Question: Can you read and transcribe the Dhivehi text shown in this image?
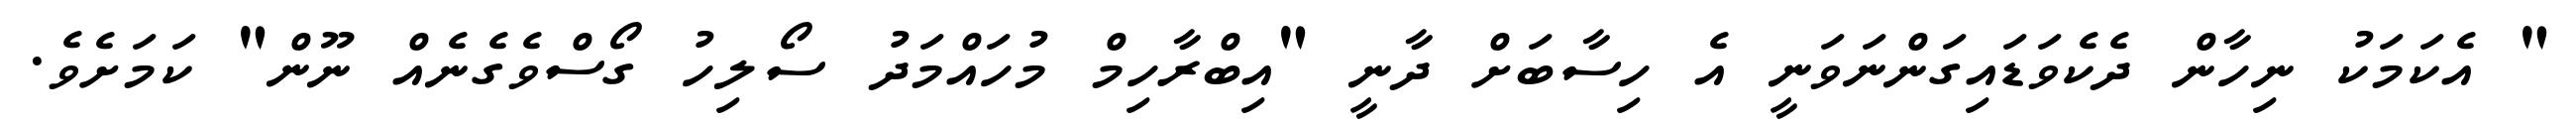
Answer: " އެކަމަކު ނިހާން ދެކެވަޑައިގަންނަވަނީ އެ ހިސާބަށް ދާނީ "އިބްރާހިމް މުހައްމަދު ސޯލިހު ގޯސްވެގެނެއް ނޫން" ކަމަށެވެ.